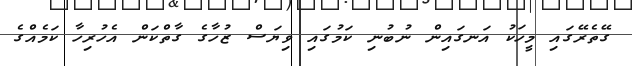
ގޭތެރޭގައި މީހަކު އަނގައިން ނުބުނި ކަމުގައި ވިޔަސް ޒުހާގެ ގާތްކަން އެހުރިހާ ކަމެއްގެ